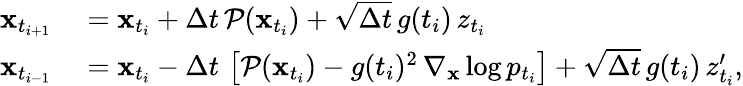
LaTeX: \begin{array}{rl}{\mathbf{x}_{t_{i+1}}}&{{}=\mathbf{x}_{t_{i}}+\Delta t\, \mathcal{P}(\mathbf{x}_{t_{i}})+\sqrt{\Delta t}\, g(t_{i})\, z_{t_{i}}}\\ {\mathbf{x}_{t_{i-1}}}&{{}=\mathbf{x}_{t_{i}}-\Delta t\, \left[\mathcal{P}(\mathbf{x}_{t_{i}})-g(t_{i})^{2}\, \nabla_{\mathbf{x}}\log p_{t_{i}}\right]+\sqrt{\Delta t}\, g({t_{i}})\, z_{t_{i}}^{\prime},}\end{array}